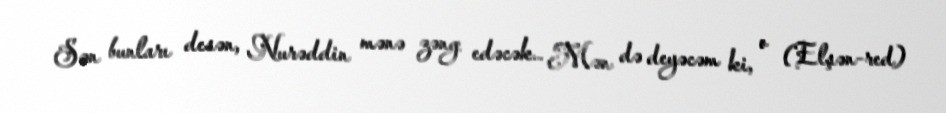
Sən bunları desən, Nurəddin mənə zəng edəcək… Mən də deyəcəm ki, o (Elşən-red)